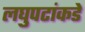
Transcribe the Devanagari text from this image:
लघुपटांकडे